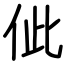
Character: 佌